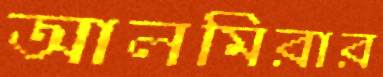
আলমিরার